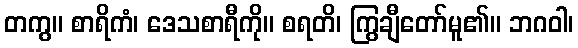
တကွ။ စာရိကံ၊ ဒေသစာရီကို။ စရတိ၊ ကြွချီတော်မူ၏။ ဘဂဝါ၊